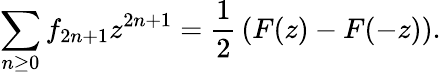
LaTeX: \sum_{n\geq 0}f_{2n+1}z^{2n+1}={\frac{1}{2}}\left(F(z)-F(-z)\right).